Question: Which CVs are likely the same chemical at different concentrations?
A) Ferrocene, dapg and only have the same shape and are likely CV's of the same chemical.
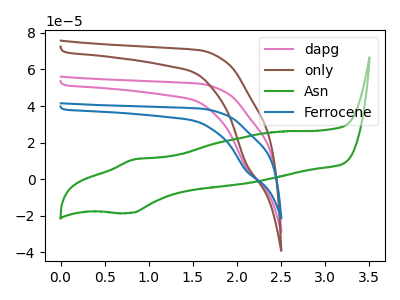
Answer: <think>The pink curve "dapg" has a cathodic peak at: (2.10V, 6.25uA). The brown curve "only" has a cathodic peak at: (2.10V, 12.45uA). The green curve "Asn" has an anodic peak at (0.85V, 10.80uA) and a cathodic peak at (0.80V, -18.40uA). The blue curve "Ferrocene" has a cathodic peak at: (2.10V, 4.60uA).
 All the peaks in "dapg" have a peak in "only" at the same potential. Every peak in "dapg" is higher than every peak in "only". "dapg" and "Asn" have a different number of peaks. All the peaks in "dapg" have a peak in "Ferrocene" at the same potential. Every peak in "dapg" is lower than every peak in "Ferrocene". "only" and "Asn" have a different number of peaks. All the peaks in "only" have a peak in "Ferrocene" at the same potential. Every peak in "only" is lower than every peak in "Ferrocene". "Asn" and "Ferrocene" have a different number of peaks.</think>
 <answer>A) "Ferrocene", "dapg" and "only" have the same shape and are likely CV's of the same chemical.</answer>
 <eval>A</eval>